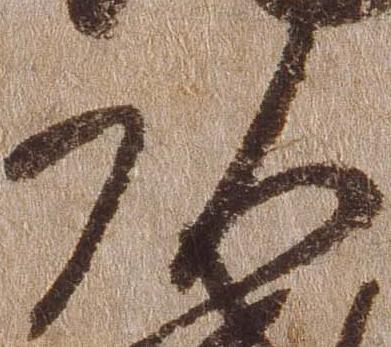
頭